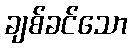
ချစ်ခင်သော